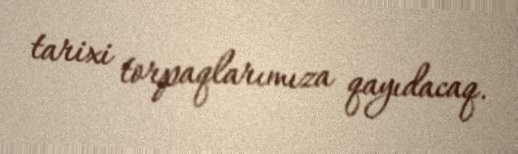
tarixi torpaqlarımıza qayıdacaq.